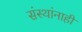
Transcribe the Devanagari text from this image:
संस्थांनाही